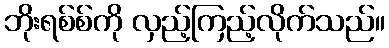
ဘိုးရစ်စ်ကို လှည့်ကြည့်လိုက်သည်။